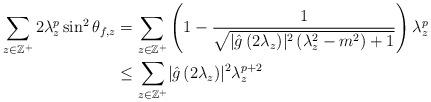
LaTeX: \begin{align*}\sum_{z\in\mathbb{Z}^+}2\lambda_z^p \sin^2\theta_{f,z} &=\sum_{z\in\mathbb{Z}^+}\left( 1-\frac{1}{\sqrt{\lvert\hat{g}\left(2\lambda_z\right)\rvert^2\left(\lambda_z^2-m^2\right)+1}}\right)\lambda_z^p\displaybreak[0]\\&\leq\sum_{z\in\mathbb{Z}^+}\lvert\hat{g}\left(2\lambda_z\right)\rvert^2 \lambda_z^{p+2}\end{align*}